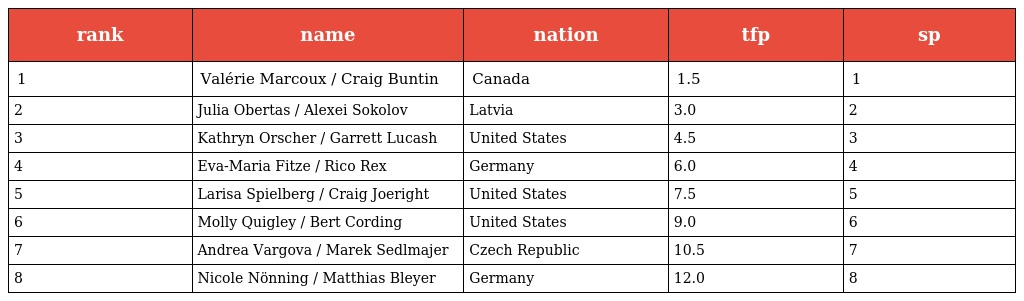
| rank | name | nation | tfp | sp |
 | --- | --- | --- | --- | --- |
 | 1 | Valérie Marcoux / Craig Buntin | Canada | 1.5 | 1 |
 | 2 | Julia Obertas / Alexei Sokolov | Latvia | 3.0 | 2 |
 | 3 | Kathryn Orscher / Garrett Lucash | United States | 4.5 | 3 |
 | 4 | Eva-Maria Fitze / Rico Rex | Germany | 6.0 | 4 |
 | 5 | Larisa Spielberg / Craig Joeright | United States | 7.5 | 5 |
 | 6 | Molly Quigley / Bert Cording | United States | 9.0 | 6 |
 | 7 | Andrea Vargova / Marek Sedlmajer | Czech Republic | 10.5 | 7 |
 | 8 | Nicole Nönning / Matthias Bleyer | Germany | 12.0 | 8 |